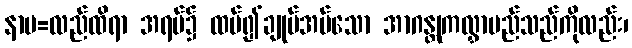
နာမ=လည်ထိရာ အရပ်၌ ထပ်၍ချုပ်အပ်သော အာဂန္တုကလွှာမည်သည်ကိုလည်း၊